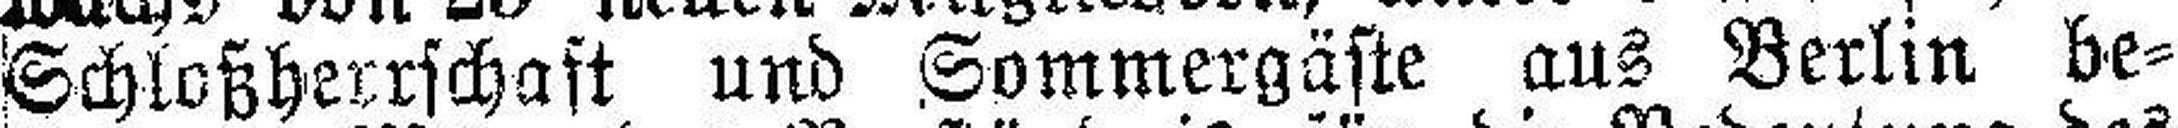
Schloßherrschaft und Sommergäste aus Berlin be¬